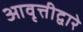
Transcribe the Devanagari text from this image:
आवृत्तीद्वारे